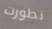
تطورت